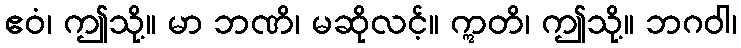
ဧဝံ၊ ဤသို့။ မာ ဘဏိ၊ မဆိုလင့်။ ဣတိ၊ ဤသို့။ ဘဂဝါ၊